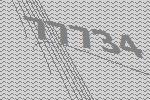
77734